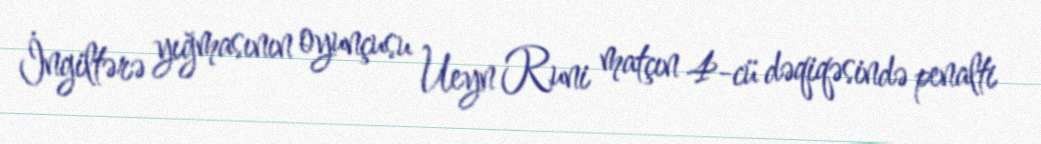
İngiltərə yığmasının oyunçusu Ueyn Runi matçın 4-cü dəqiqəsində penalti